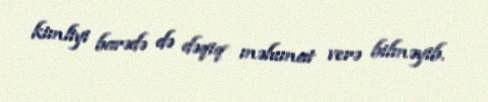
kimliyi barədə də dəqiq məlumat verə bilməyib.